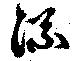
流